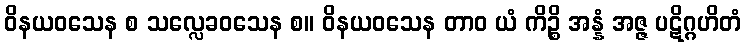
ဝိနယဝသေန စ သလ္လေခဝသေန စ။ ဝိနယဝသေန တာဝ ယံ ကိဉ္စိ အန္နံ အဇ္ဇ ပဋိဂ္ဂဟိတံ